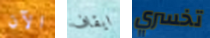
الآن ايقاف تخسري